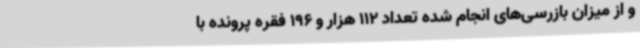
و از میزان بازرسی‌های انجام شده تعداد 112 هزار و 196 فقره پرونده با